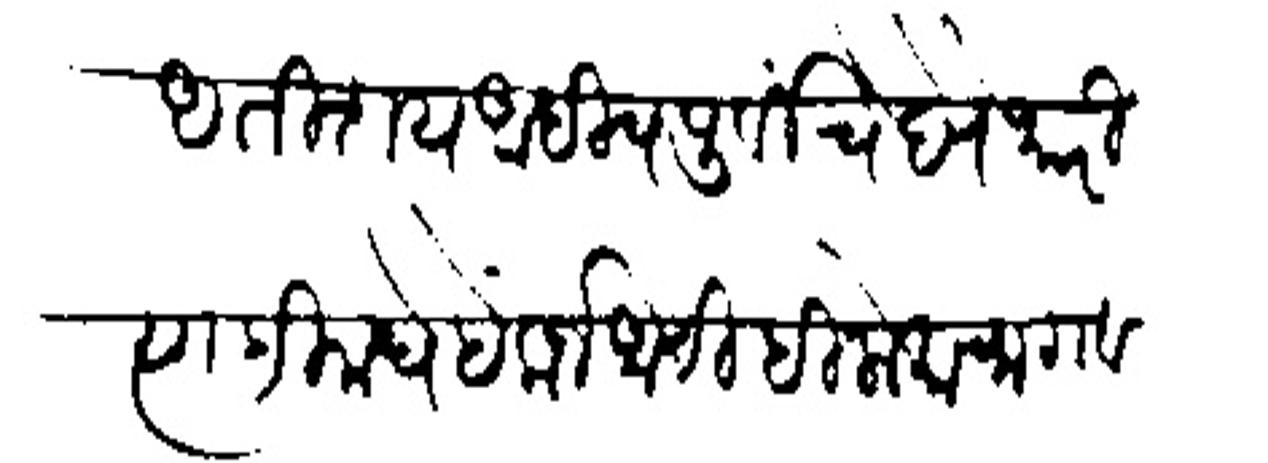
Transliteration (Devanagari): अतिशय आधीच पूर्वीचे देणे भारी त्याहीमधे है फर्ज आणीही लोकाचा गवगवा